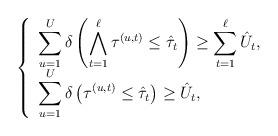
LaTeX: \begin{align*}\left\{ \begin{array}{l l} \displaystyle\sum_{u = 1}^U \delta\left(\bigwedge_{t = 1}^\ell \tau_{}^{(u,t)} \leq \Hat{\tau}_t \right) \geq \sum_{t=1}^\ell\Hat{U}_t, & \\ \displaystyle\sum_{u = 1}^U \delta\left(\tau_{}^{(u,t)} \leq \Hat{\tau}_t\right) \geq \Hat{U}_t, & \quad\\ \end{array} \right. \end{align*}